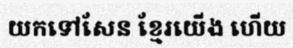
យកទៅសែន ខ្មែរយើង ហើយ